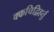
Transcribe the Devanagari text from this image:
क्कचिद्विहर्तुं